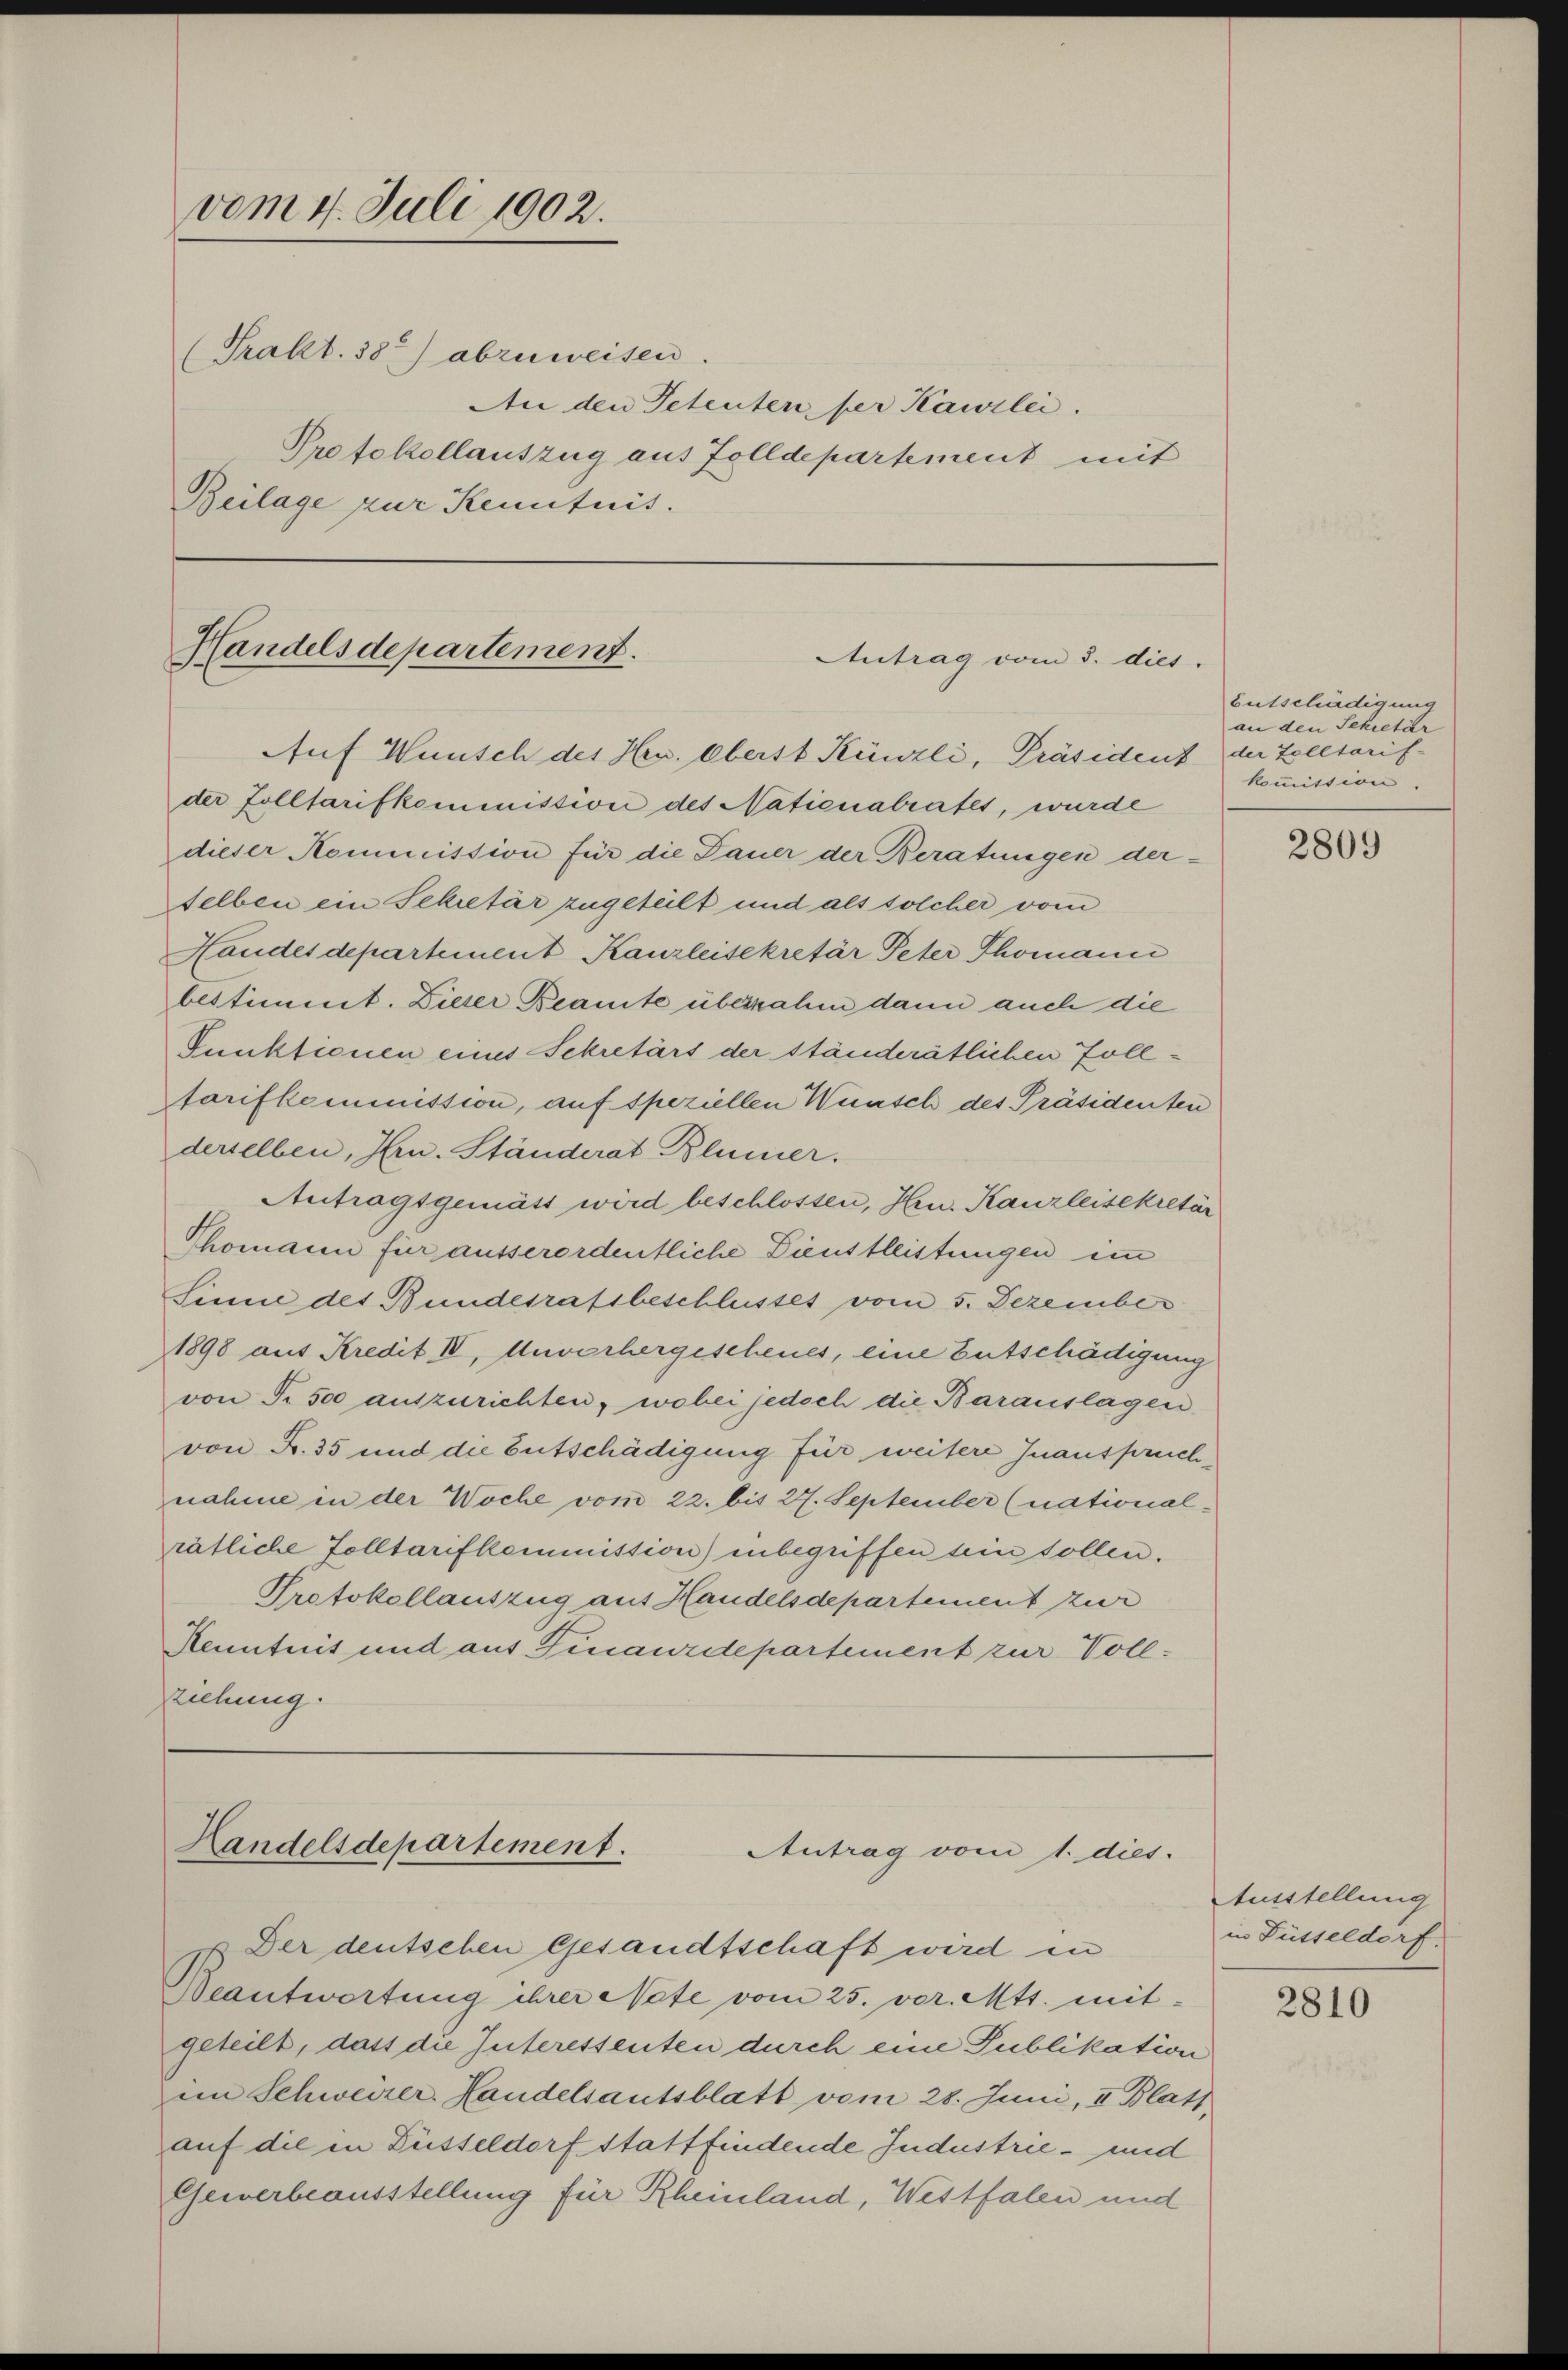
vom 4. Juli 1902.
(Prakt. 38) abzuweisen.
Beilage zur Kenntnis.

An den Petenten, per Kawilei.
Protokollauszug aus Zolldepartement mit

Handelsdepartement.
Antrag vom 3. dies
Auf Wunsch des Hrn. Oberst Künzli, Präsident der Zolltarif-

der Zolltarifkommission des Nationalrates, wurde
dieser Kommission für die Dauer der Beratungen derselben ein Sekretär zugeteilt und als solcher vom
Handes departement Kanzleisekretär Peter Thomann
bestimmt. Dieser Beamte übernahm dann auch die
Punktionen eines Sekretärs der ständerätlichen Zolltarifkommission, auf speziellen Wünsch des Präsidenten
derselben, Hrn. Ständerat Blümer.
Antragsgemäss wird beschlossen, Hrn. Kanzleisekretär
Thomann für ausserordentliche Dienstleistungen im
Sinne des Bundesratsbeschlusses vom 5. Dezember
1898 aus Kredit IV, Unvorhergescheues, eine Entschädigung
von Fr. 500 auszurichten, wobei jedoch die Barauslagen
von Fr. 35 und die Entschädigung für weitere Inanspruchnahme in der Woche vom 22. bis 27. September (national-
rätliche Zolltarifkommission) inbegriffen sein sollen.
Protokollauszug aus Handelsdepartement zur
Kenntnis und aus Finanzdepartement zur Vollziehung.

Handelsdepartement.
Antrag vom 1. dies
u Der deutschen Gesandtschaft wird in

Eutschädigung
an den Sekretär
kommittion

Beantwortung ihrer Note vom 25. vor. Mtt. mit-
geteilt, dass die Interessenten durch eine Publikation
im Schweizer. Handelsautsblatt vom 28. Juni, I Blatt
auf die in Füsseldorf stattfindende Industrie- und
Gewerbeausstellung für Rheinland, Westfalen und

2809

Ausstellung
in Füsseldorf.

2810